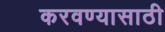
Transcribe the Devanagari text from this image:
करवण्यासाठी